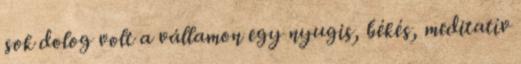
sok dolog volt a vállamon egy nyugis, békés, meditatív